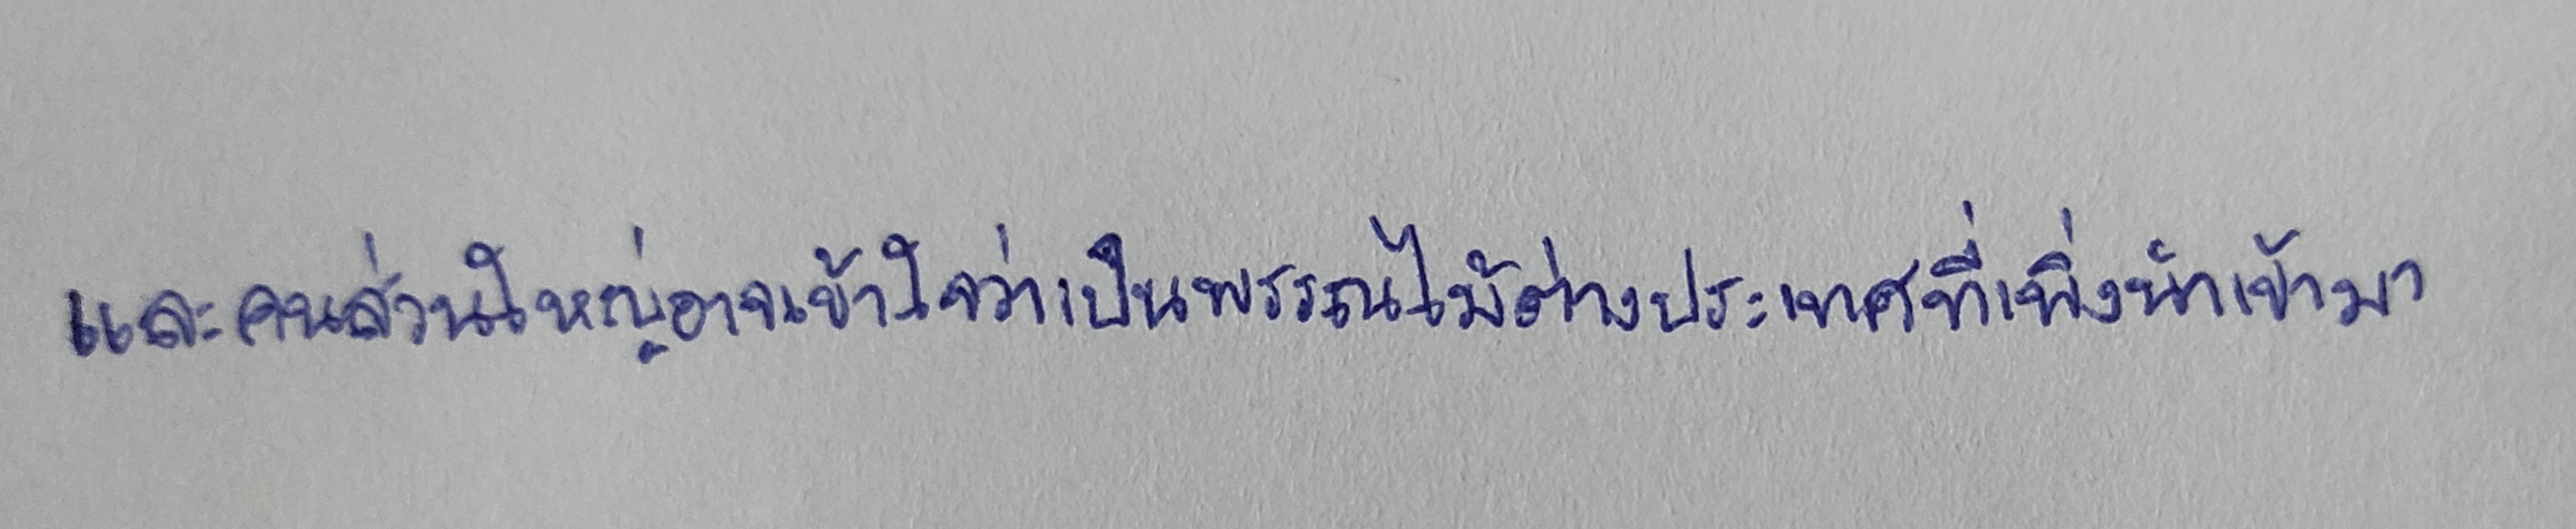
และคนส่วนใหญ่อาจเข้าใจว่าเป็นพรรณไม้ต่างประเทศที่เพิ่งนำเข้ามา